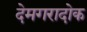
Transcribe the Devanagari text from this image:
देमगरादोक